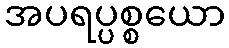
အပရပ္ပစ္စယော